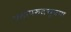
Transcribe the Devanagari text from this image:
प्रतापरुद्रभूषण